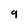
Character: 9